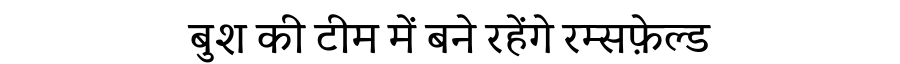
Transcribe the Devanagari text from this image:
बुश की टीम में बने रहेंगे रम्सफ़ेल्ड